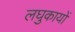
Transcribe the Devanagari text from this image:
लघुकायों